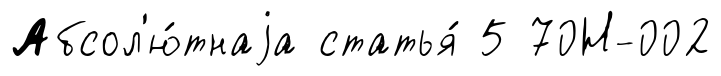
Абсол'ю́тнаjа статья́ 5 70Н-002